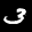
Label: 3